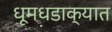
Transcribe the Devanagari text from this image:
धूमधडाक्यात